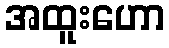
အထူးဟော